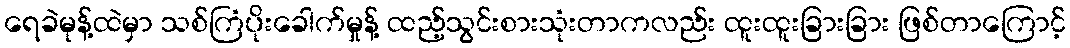
ရေခဲမုန့်ထဲမှာ သစ်ကြံပိုးခေါက်မှုန့် ထည့်သွင်းစားသုံးတာကလည်း ထူးထူးခြားခြား ဖြစ်တာကြောင့်